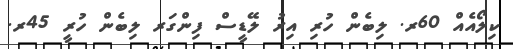
ކިލޯއެއް 60ރ. ލިބެން ހުރި އިރު ލޭޑީސް ފިންގަރ ލިބެން ހުރީ 45ރ.